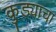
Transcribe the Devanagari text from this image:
कुड्याचा